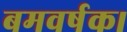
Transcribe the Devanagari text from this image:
बमवर्षक।